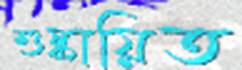
শুষ্কায়িত